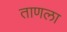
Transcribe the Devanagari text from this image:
ताणला